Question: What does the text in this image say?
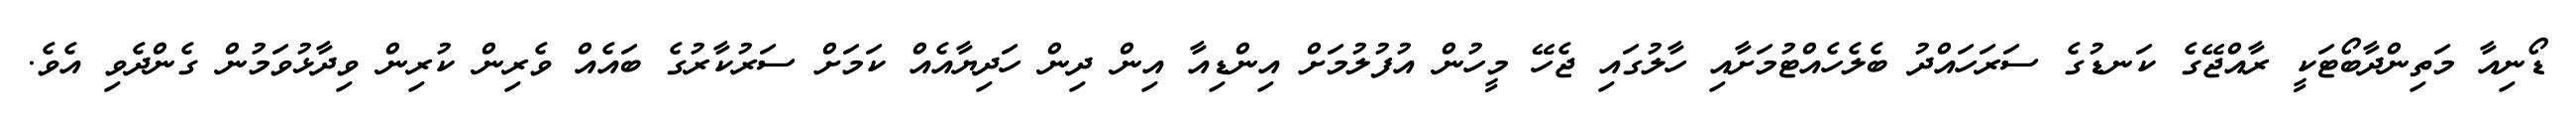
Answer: ޑޯނިއާ މަތިންދާބޯޓަކީ ރާއްޖޭގެ ކަނޑުގެ ސަރަހައްދު ބެލެހެއްޓުމަށާއި ހާލުގައި ޖެހޭ މީހުން އުފުލުމަށް އިންޑިއާ އިން ދިން ހަދިޔާއެއް ކަމަށް ސަރުކާރުގެ ބައެއް ވެރިން ކުރިން ވިދާޅުވަމުން ގެންދެވި އެވެ.